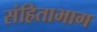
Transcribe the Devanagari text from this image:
संहिताभाग